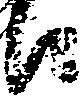
候